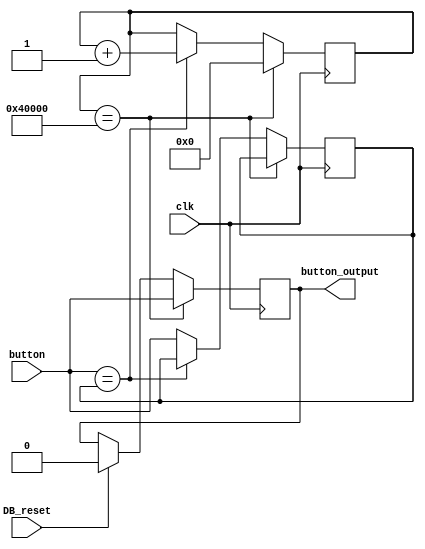
module Debounce(
    input clk, 
    input DB_reset,
    input button,
    output reg button_output
);

reg [21:0]Count = 1'b0; //assume count is null on FPGA configuration
reg old_value = 1'b0;
//--------------------------------------------
always @(posedge clk) begin 
    // implement your logic here
    if (DB_reset) begin
    button_output <= 0;
    end

    if(Count==19'b1000000000000000000) begin  //change this value in order to test 
        button_output <= button;
        Count <= 0;
    end

    else if(button==old_value) begin
        Count <= Count+1'b1;
    end 

    else begin
        old_value <= button;
    end
end 


endmodule